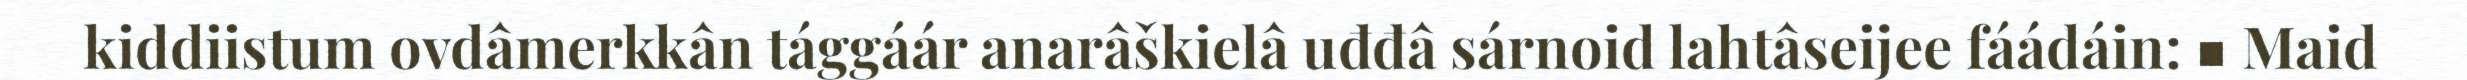
kiddiistum ovdâmerkkân tággáár anarâškielâ uđđâ sárnoid lahtâseijee fáádáin: ■ Maid